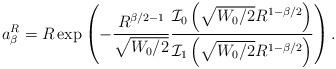
LaTeX: \begin{align*}a_{\beta}^R = R\exp\left(-\frac{R^{\beta/2-1}}{\sqrt{W_{0}/2}}\frac{\mathcal{I}_0\left(\sqrt{W_{0}/2}R^{1-\beta/2}\right)}{\mathcal{I}_1\left(\sqrt{W_{0}/2}R^{1-\beta/2}\right)}\right).\end{align*}